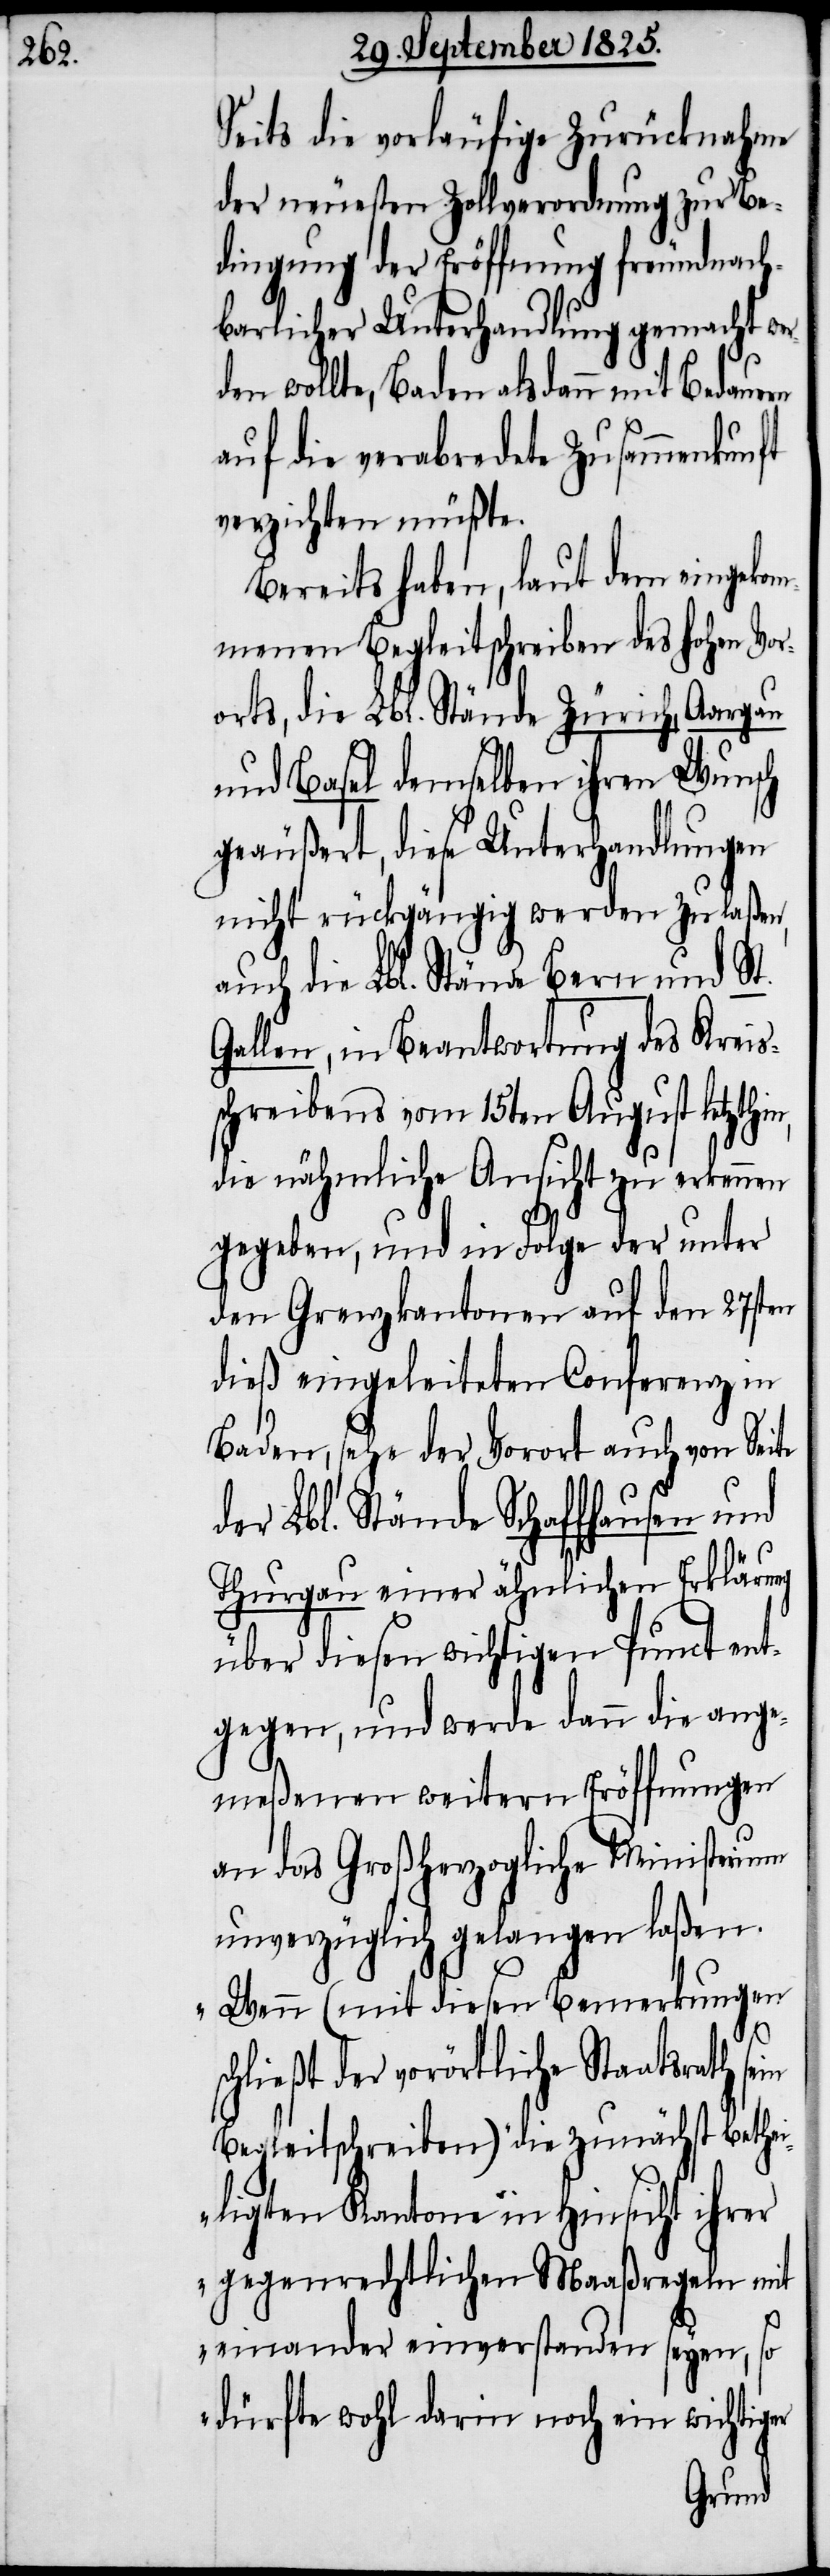
Seits die vorläufige Zurücknahme
der neuesten Zollverordnung zur Be¬
dingung der Eröffnung freundnach¬
barlicher Unterhandlung gemacht we¬
rden wollte, Baden als dann mit Bedauern
auf die verabredete Zusammenkunft
verzichten müßte.
Bereits haben, laut dem eingekom¬
menen Begleitschreiben des hohen Vor¬
orts, die Lbl. Stände Zürich, Aargau
und Basel demselben ihren Wunsch
geäußert, diese Unterhandlungen
nicht rückgängig werden zu laßen,
auch die Lbl. Stände Bern und St.
Gallen, in Beantwortung des Kreis¬
schreibens vom 15ten August letzthin,
die nähmliche Ansicht zu erkennen
gegeben, und in Folge der unter
den Grenzkantonen auf den 27sten
dieß eingeleiteten Conferenz in
Baden, sehe der Vorort auch von Seite
der Lbl. Stände Schaffhausen und
Thurgau einer ähnlichen Erklärung
über diesen wichtigen Punct ent¬
gegen, und werde dann die ang¬
emeßenen weitern Eröffnungen
an das Großherzogliche Ministerium
unverzüglich gelangen laßen.
„Wenn (mit diesen Bemerkungen
schließt der vorörtliche Staatsrath
Begleitschreiben) die zunächst bethei¬
ligten Kantone in Hinsicht ihrer
gegenrechtlichen Maaßregeln mit
einander einverstanden seyen, so
dürfte wohl darin noch ein wichtiger